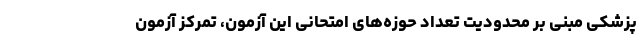
پزشکی مبنی بر محدودیت تعداد حوزه‌های امتحانی این آزمون، تمرکز آزمون